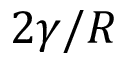
2 \gamma / R